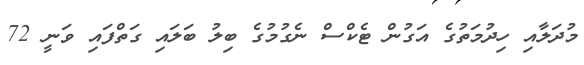
މުދަލާއި ހިދުމަތުގެ އަގުން ޓެކްސް ނެގުމުގެ ބިލު ބަލައި ގަތްފައި ވަނީ 72